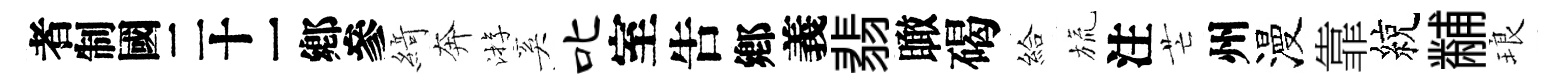
识𦂶奔㳺奚叱室吿鄕義翡瞰碣給旒注芒州漫靠綂黼琅